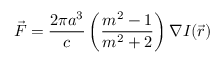
\vec { F } = \frac { 2 \pi a ^ { 3 } } { c } \left( \frac { m ^ { 2 } - 1 } { m ^ { 2 } + 2 } \right) \nabla I ( \vec { r } )